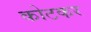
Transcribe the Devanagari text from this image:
कोटकर